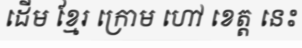
ដើម ខ្មែរ ក្រោម ហៅ ខេត្ត នេះ